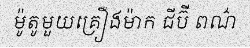
ម៉ូតូមួយគ្រឿងម៉ាក ជីប៊ី ពណ៌